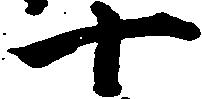
十